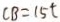
C B = 1 5 t